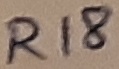
Text: R18